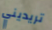
تريديني